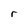
Character: r